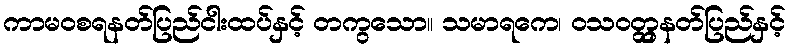
ကာမဝစရနတ်ပြည်ငါးထပ်နှင့် တကွသော။ သမာရကေ၊ ဝသဝတ္တှနတ်ပြည်နှင့်